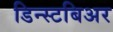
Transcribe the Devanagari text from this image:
डिन्स्टबिअर